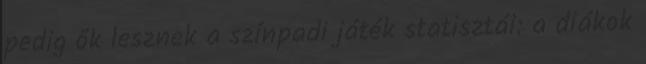
pedig ők lesznek a színpadi játék statisztái: a diákok